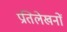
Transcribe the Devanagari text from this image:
प्रतिलेखनों